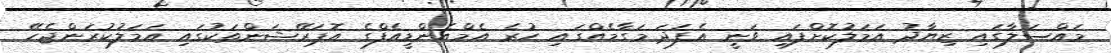
މައްސަލާގައި ޒިޔާދު އަމަލުކޮށްފައި ވަނީ އެފަދަ މަގާމެއްގައި ހުރެ އެމްއެންޑީއެފްގެ އޮޕަރޭޝަންތަކުގައި އަމަލުކުރަންޖެހޭ